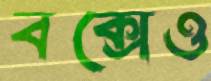
বক্সেও